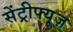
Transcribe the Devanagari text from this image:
सेंट्रीफ्यूज़